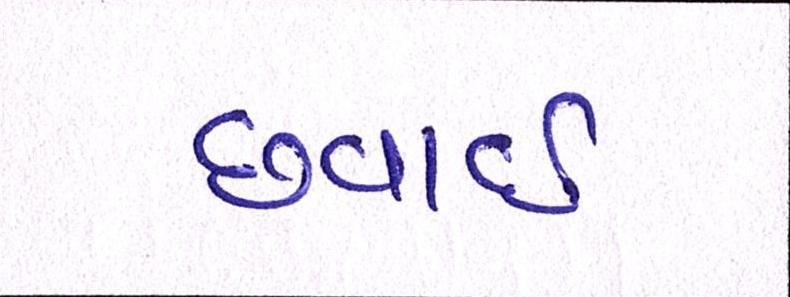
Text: છવાઇ